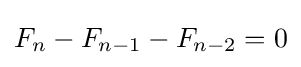
F_{n}-F_{n-1}-F_{n-2}=0